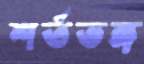
শর্তভঙ্গ